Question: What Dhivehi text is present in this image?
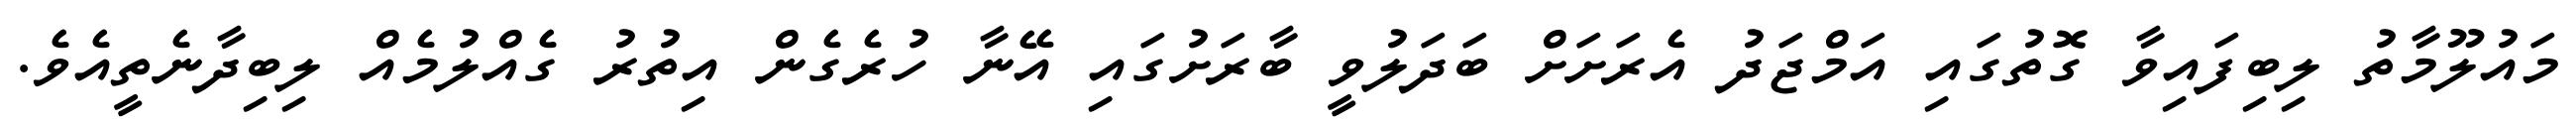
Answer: މައުލޫމާތު ލިބިފައިވާ ގޮތުގައި އަމްޖަދު އެރަށަށް ބަދަލުވީ ބާރަށުގައި އޭނާ ހުރެގެން އިތުރު ގެއްލުމެއް ލިބިދާނެތީއެވެ.